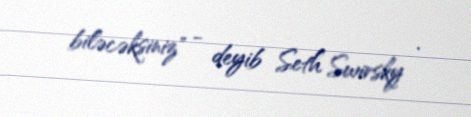
biləcəksiniz" - deyib Seth Swirsky .